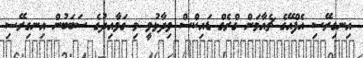
އިނގިރޭސި އެފްއޭގެ ޗެއާމަން ގްރެގް ޑައިކްސް ވިދާޅުވީ މި ގަވާއިދުގެ ސަބަބުން އިނގިރޭސި